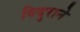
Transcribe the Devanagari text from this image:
विदुराने